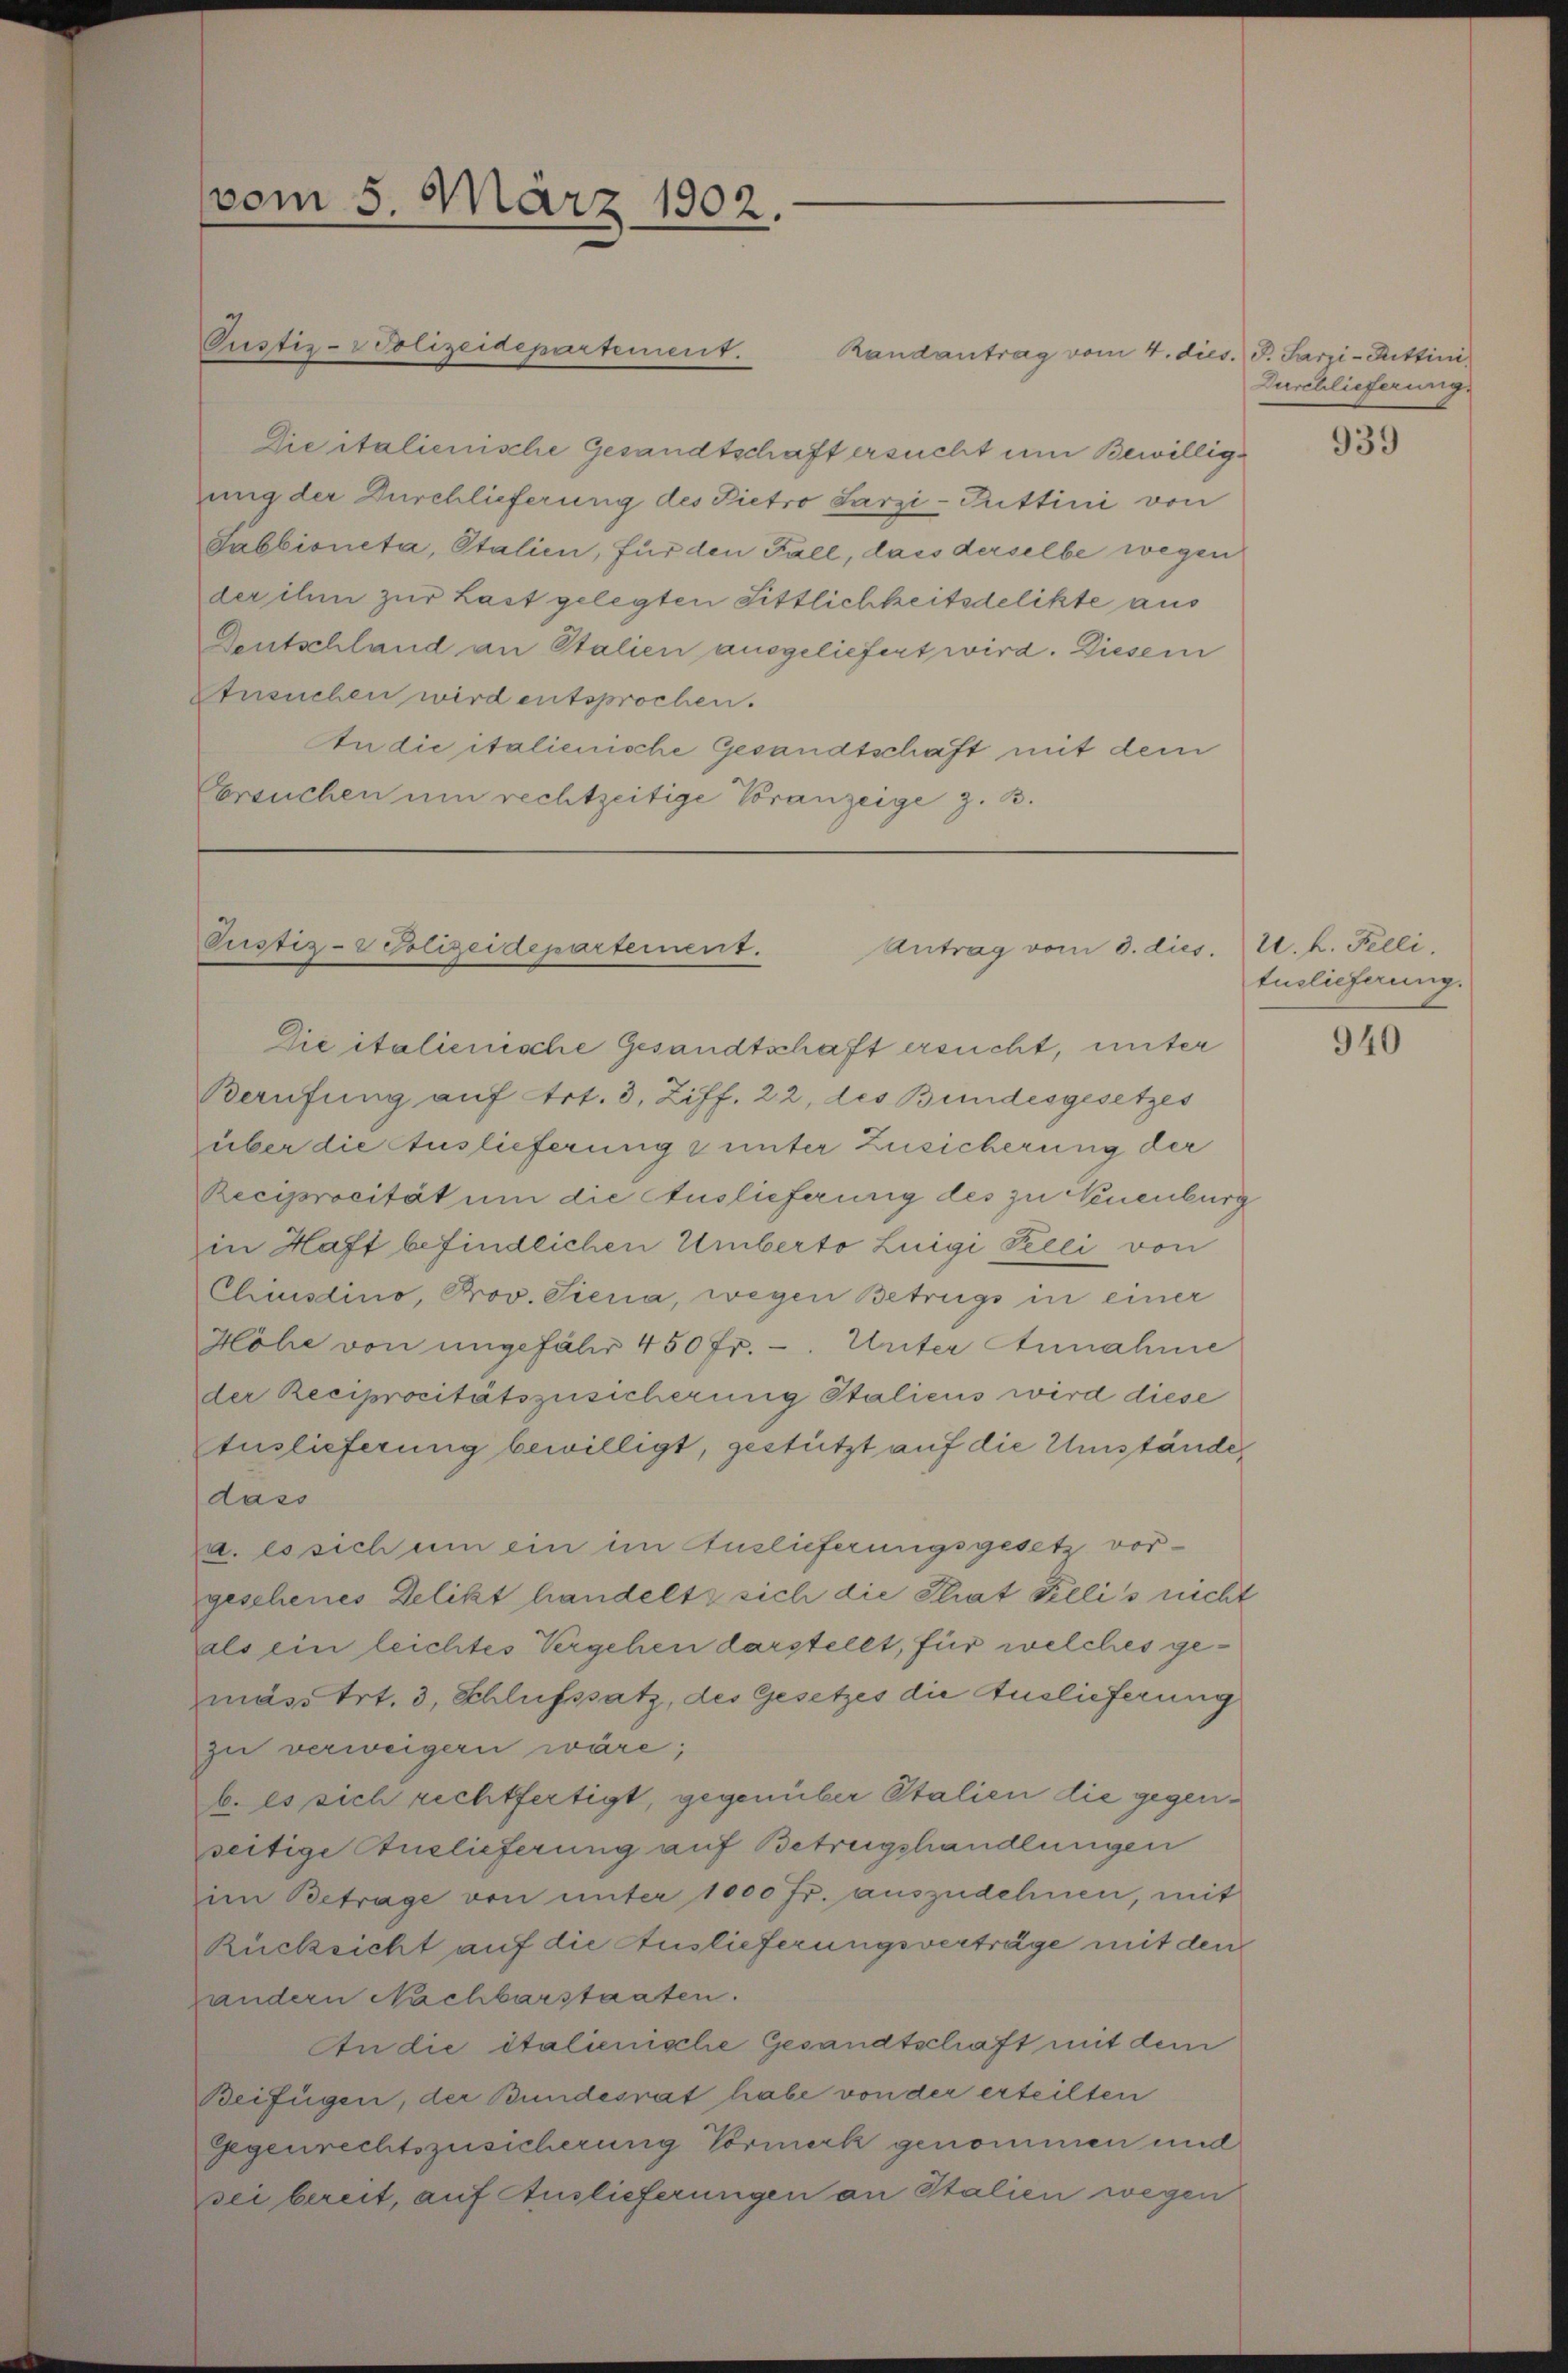
Randantrag vom 4. dies. P. Sarzi-Kittini
Die italienische Gesandtschaft ersucht um Bewilligung der Durchlieferung des Pietro Sarzi-Puttini von
Sabbioneta, Italien, für den Fall, dass derselbe wegen
der ihm zur Last gelegten Sittlichkeitsdelikte aus
Deutschland an Stalien ausgeliefert wird. Diesem
Etusuchen wird entsprochen.
An die italienische Gesandtschaft mit dem
Ersuchen um rechtzeitige Voranzeige z. B.

Die italienische Gesandtschaft ersucht, unter
Berufung auf Art. 3, Ziff. 22, des Bundesgesetzes
über die Auslieferung & unter Zusicherung der
Reciprocität um die Auslieferung des zu Neuenburg
in Haft befindlichen Umberto Luigi Peeci von
Chiustino, Prov. Siena, wegen Betrugs in einer
Höhe von ungefähr 450 fr. - Unter Annahme
der Reciprocitätszusicherung Italiens wird diese
Auslieferung bewilligt, gestützt auf die Umstände
dass
a. Es sich um ein im Auslieferungsgesetz vor-
geschenes Delikt handelt sich die That Fellis nicht
als ein leichtes Vergehen darstellt, für welches gemäss Art. 3, Schlusssatz, des Gesetzes die Auslieferung
zu verweigern wäre;
b. Es sich rechtfertigt, gegenüber Stalien die gegenseitige Auslieferung auf Betreigshandlungen
im Betrage von unter 1000 Fr. auszudehnen, mit
Rücksicht auf die Auslieferungsverträge mit den
andern Nachbarstaaten.
An die italienische Gesandtschaft mit dem
Beifügen, der Bundesrat habe von der erteilten
Gegenrechtszusicherung Vormerk genommen und
sei bereit, auf Auslieferungen an Stalien wegen

vom 5. März 1902.

Pustiz-Polizeidepartement.

Pustiz- & Polizeidepartement.
Antrag vom 3. dies. 1. k. Felli,

Durchlieferung.

939

tuslieferung.

940